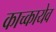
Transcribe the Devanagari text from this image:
काच्कायेव